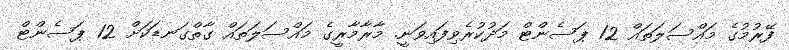
ފޭރުމުގެ މައްސަލަތައް 12 ޕަސެންޓް މަދުކުރެވިފައިވަނީ. މާރާމާރީގެ މައްސަލަތައް ގާތްގަނޑަކަށް 12 ޕަސެންޓް